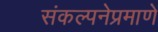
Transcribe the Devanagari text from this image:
संकल्पनेप्रमाणे